Report of the Indian Hemp Drugs Commission, 1894-1895 - Volume VI
Year: 1894
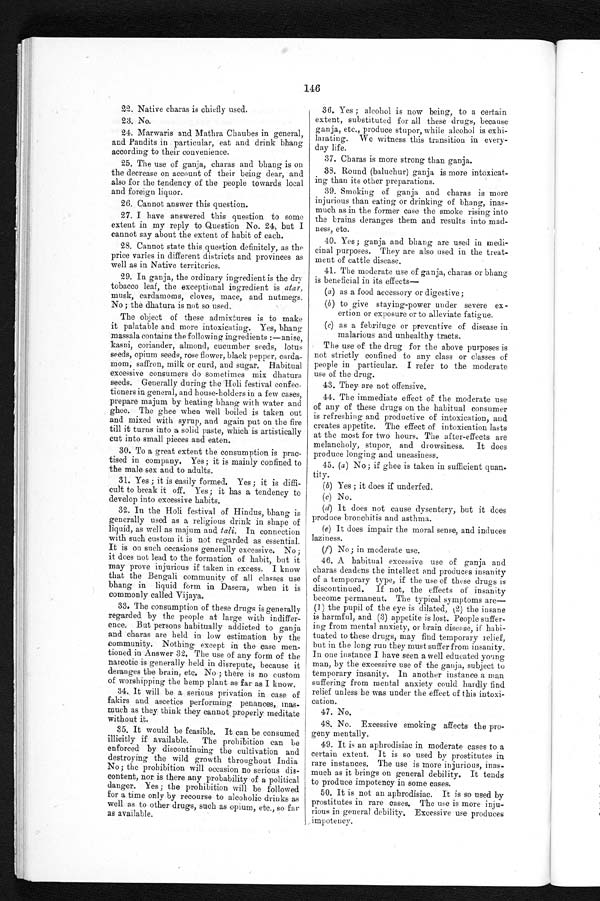
146
22. Native charas is chiefly used.
23. No.
24. Marwaris and Mathra Chaubes in general,
and Pandits in particular, eat and drink bhang
according to their convenience.
25. The use of ganja, charas and bhang is on
the decrease on account of their being dear, and
also for the tendency of the people towards local
and foreign liquor.
26. Cannot answer this question.
27. I have answered this question to some
extent in my reply to Question No. 24, but I
cannot say about the extent of habit of each.
28. Cannot state this question definitely, as the
price varies in different districts and provinces as
well as in Native territories.
29. In ganja, the ordinary ingredient is the dry
tobacco leaf, the exceptional ingredient is atar,
musk, cardamoms, cloves, mace, and nutmegs.
No ; the dhatura is not so used.
The object of these admixtures is to make
it palatable and more intoxicating. Yes, bhang
massala contains the following ingredients :—anise,
hasni, coriander, almond, cucumber seeds, lotus
seeds, opium seeds, rose flower, black pepper, carda-
mom, saffron, milk or curd, and sugar. Habitual
excessive consumers do sometimes mix dhatura
seeds. Generally during the Holi festival confec-
tioners in general, and house-holders in a few cases,
prepare majum by heating bhang with water and
ghee. The ghee when well boiled is taken out
and mixed with syrup, and again put on the fire
till it turns into a solid paste, which is artistically
cut into small pieces and eaten.
30. To a great extent the consumption is prac
- t i s e d i n c o m p a n y . Y e s ; i t i s m a i n l y c o n f i n e d t o
the male sex and to adults.
31. Yes ; it is easily formed. Yes ; it is diffi-
cult to break it off. Yes; it has a tendency to
develop into excessive habits.
32. In the Holi festival of Hindus, bhang is
generally used as a religious drink in shape of
liquid, as well as majum and tali. In connection
with such custom it is not regarded as essen
t i a l . I t i s o n s u c h o c c a s i o n s g e n e r a l l y e x c e s s i v e . N o ;
it does not lead to the formation of habit, but it
may prove injurious if taken in excess. I know
that the Bengali community of all classes use
bhang in liquid form in Dasera, when it is
commonly called Vijaya.
33. The consumption of these drugs is generally
regarded by the people at large with indiffer-
ence. But persons habitually addicted to ganja
and charas are held in low estimation by the
community. Nothing except in the case men-
tioned in Answer 32. The use of any form of the
narcotic is generally held in disrepute, because it
deranges the brain, etc. No ; there is no custom
of worshipping the hemp plant as far as I know.
34. It will be a serious privation in case of
fakirs and ascetics performing penances,
i n a s - m u c h a s t h e y t h i n k t h e y c a n n o t p r o p e r l y m e d i t a t e
without it.
35. It would be feasible. It can be consumed
illicitly if available. The prohibition can be
enforced by discontinuing the cultivation and
destroying the wild growth throughout India
No ; the prohibition will occasion no serious dis-
content, nor is there any probability of a political
danger. Yes ; the prohibition will be followed
for a time only by recourse to alcoholic drinks as
well as to other drugs, such as opium, etc., so far
as available.
36. Yes ; alcohol is now being, to a certain
extent, substituted for all these drugs, because
ganja, etc., produce stupor, while alcohol is exhi-
-larating. We witness this transition in every-
day life.
37. Charas is more strong than ganja.
38. Round (baluchur) ganja is more intoxicat-
ing than its other preparations.
39. Smoking of ganja and charas is more
injurious than eating or drinking of bhang, inas-
much as in the former case the smoke rising into
the brains deranges them and results into mad-
ness, etc.
40. Yes ; ganja and bhang are used in medi-
cinal purposes. They are also used in the treat-
ment of cattle disease,
41. The moderate use of ganja, charas or bhang
is beneficial in its effects—
(a) as a food accessory or digestive;
(b) to give staving-power under severe ex-
ertion or exposure or to alleviate fatigue.
(c) as a febrifuge or preventive of disease in
malarious and unhealthy tracts.
The use of the drug for the above purposes is
not strictly confined to any class or classes of
people in particular. I refer to the moderate
use of the drug.
43. They are not offensive.
44. The immediate effect of the moderate use
of any of these drugs on the habitual consumer
is refreshing and productive of intoxication, and
creates appetite. The effect of intoxication lasts
at the most for two hours. The after-effects are
melancholy, stupor, and drowsiness. It does
produce longing and uneasiness.
45. ( a ) No; if ghee is taken in sufficient quan-
tity.
(b) Yes ; it does if underfed.
(c) No.
(d) It does not cause dysentery, but it does
produce bronchitis and asthma.
(e) It does impair the moral sense, and induces
laziness.
(f) No; in moderate use.
46. A habitual excessive use of ganja and
charas deadens the intellect and produces insanity
of a temporary type, if the use of these drugs is
discontinued. If not, the effects of insanity
become permanent. The typical symptoms are
— ( 1 ) t h e p u p i l o f t h e e y e i s d i l a t e d , (2
)
t h e i n s a n e
is harmful, and (3) appetite is lost. People suffer
-ing from mental anxiety, or brain disease, if habi-
-tuated to these drugs, may find temporary relief,
but in the long run they must suffer from insanity.
In one instance I have seen a well educated young
man, by the excessive use of the ganja, subject to
temporary insanity. In another instance a man
suffering from mental anxiety could hardly find
relief unless he was under the effect of this intoxi
-cation.
47. No.
48. No. Excessive smoking affects the pros
- g e n y m e n t a l l y .
49. It is an aphrodisiac in moderate cases to a
certain extent. It is so used by prostitutes in
rare instances. The use is more injurious, inas
- m u c h a s i t b r i n g s o n g e n e r a l d e b i l i t y . I t t e n d s
to produce impotency in some cases.
50. It is not an aphrodisiac. It is so used by
prostitutes in rare cases. The use is more inju
- r i o u s i n g e n e r a l d e b i l i t y . E x c e s s i v e u s e p r o d u c e s
impotency.